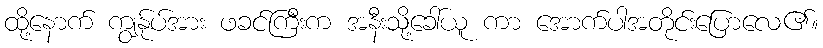
ထို့နောက် ကျွန်ုပ်အား ဖခင်ကြီးက အနီးသို့ခေါ်ယူ ကာ အောက်ပါအတိုင်းပြောလေ၏။